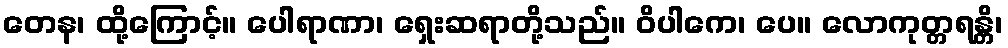
တေန၊ ထို့ကြောင့်။ ပေါရာဏာ၊ ရှေးဆရာတို့သည်။ ဝိပါကေ၊ ပေ။ လောကုတ္တရန္တိ၊